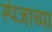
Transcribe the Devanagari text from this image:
स्पंजाच्या